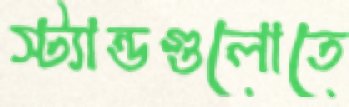
স্ট্যান্ডগুলোতে